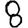
Digit: 8